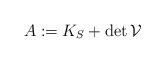
LaTeX: \begin{align*}A:=K_S+\det\mathcal{V}\end{align*}